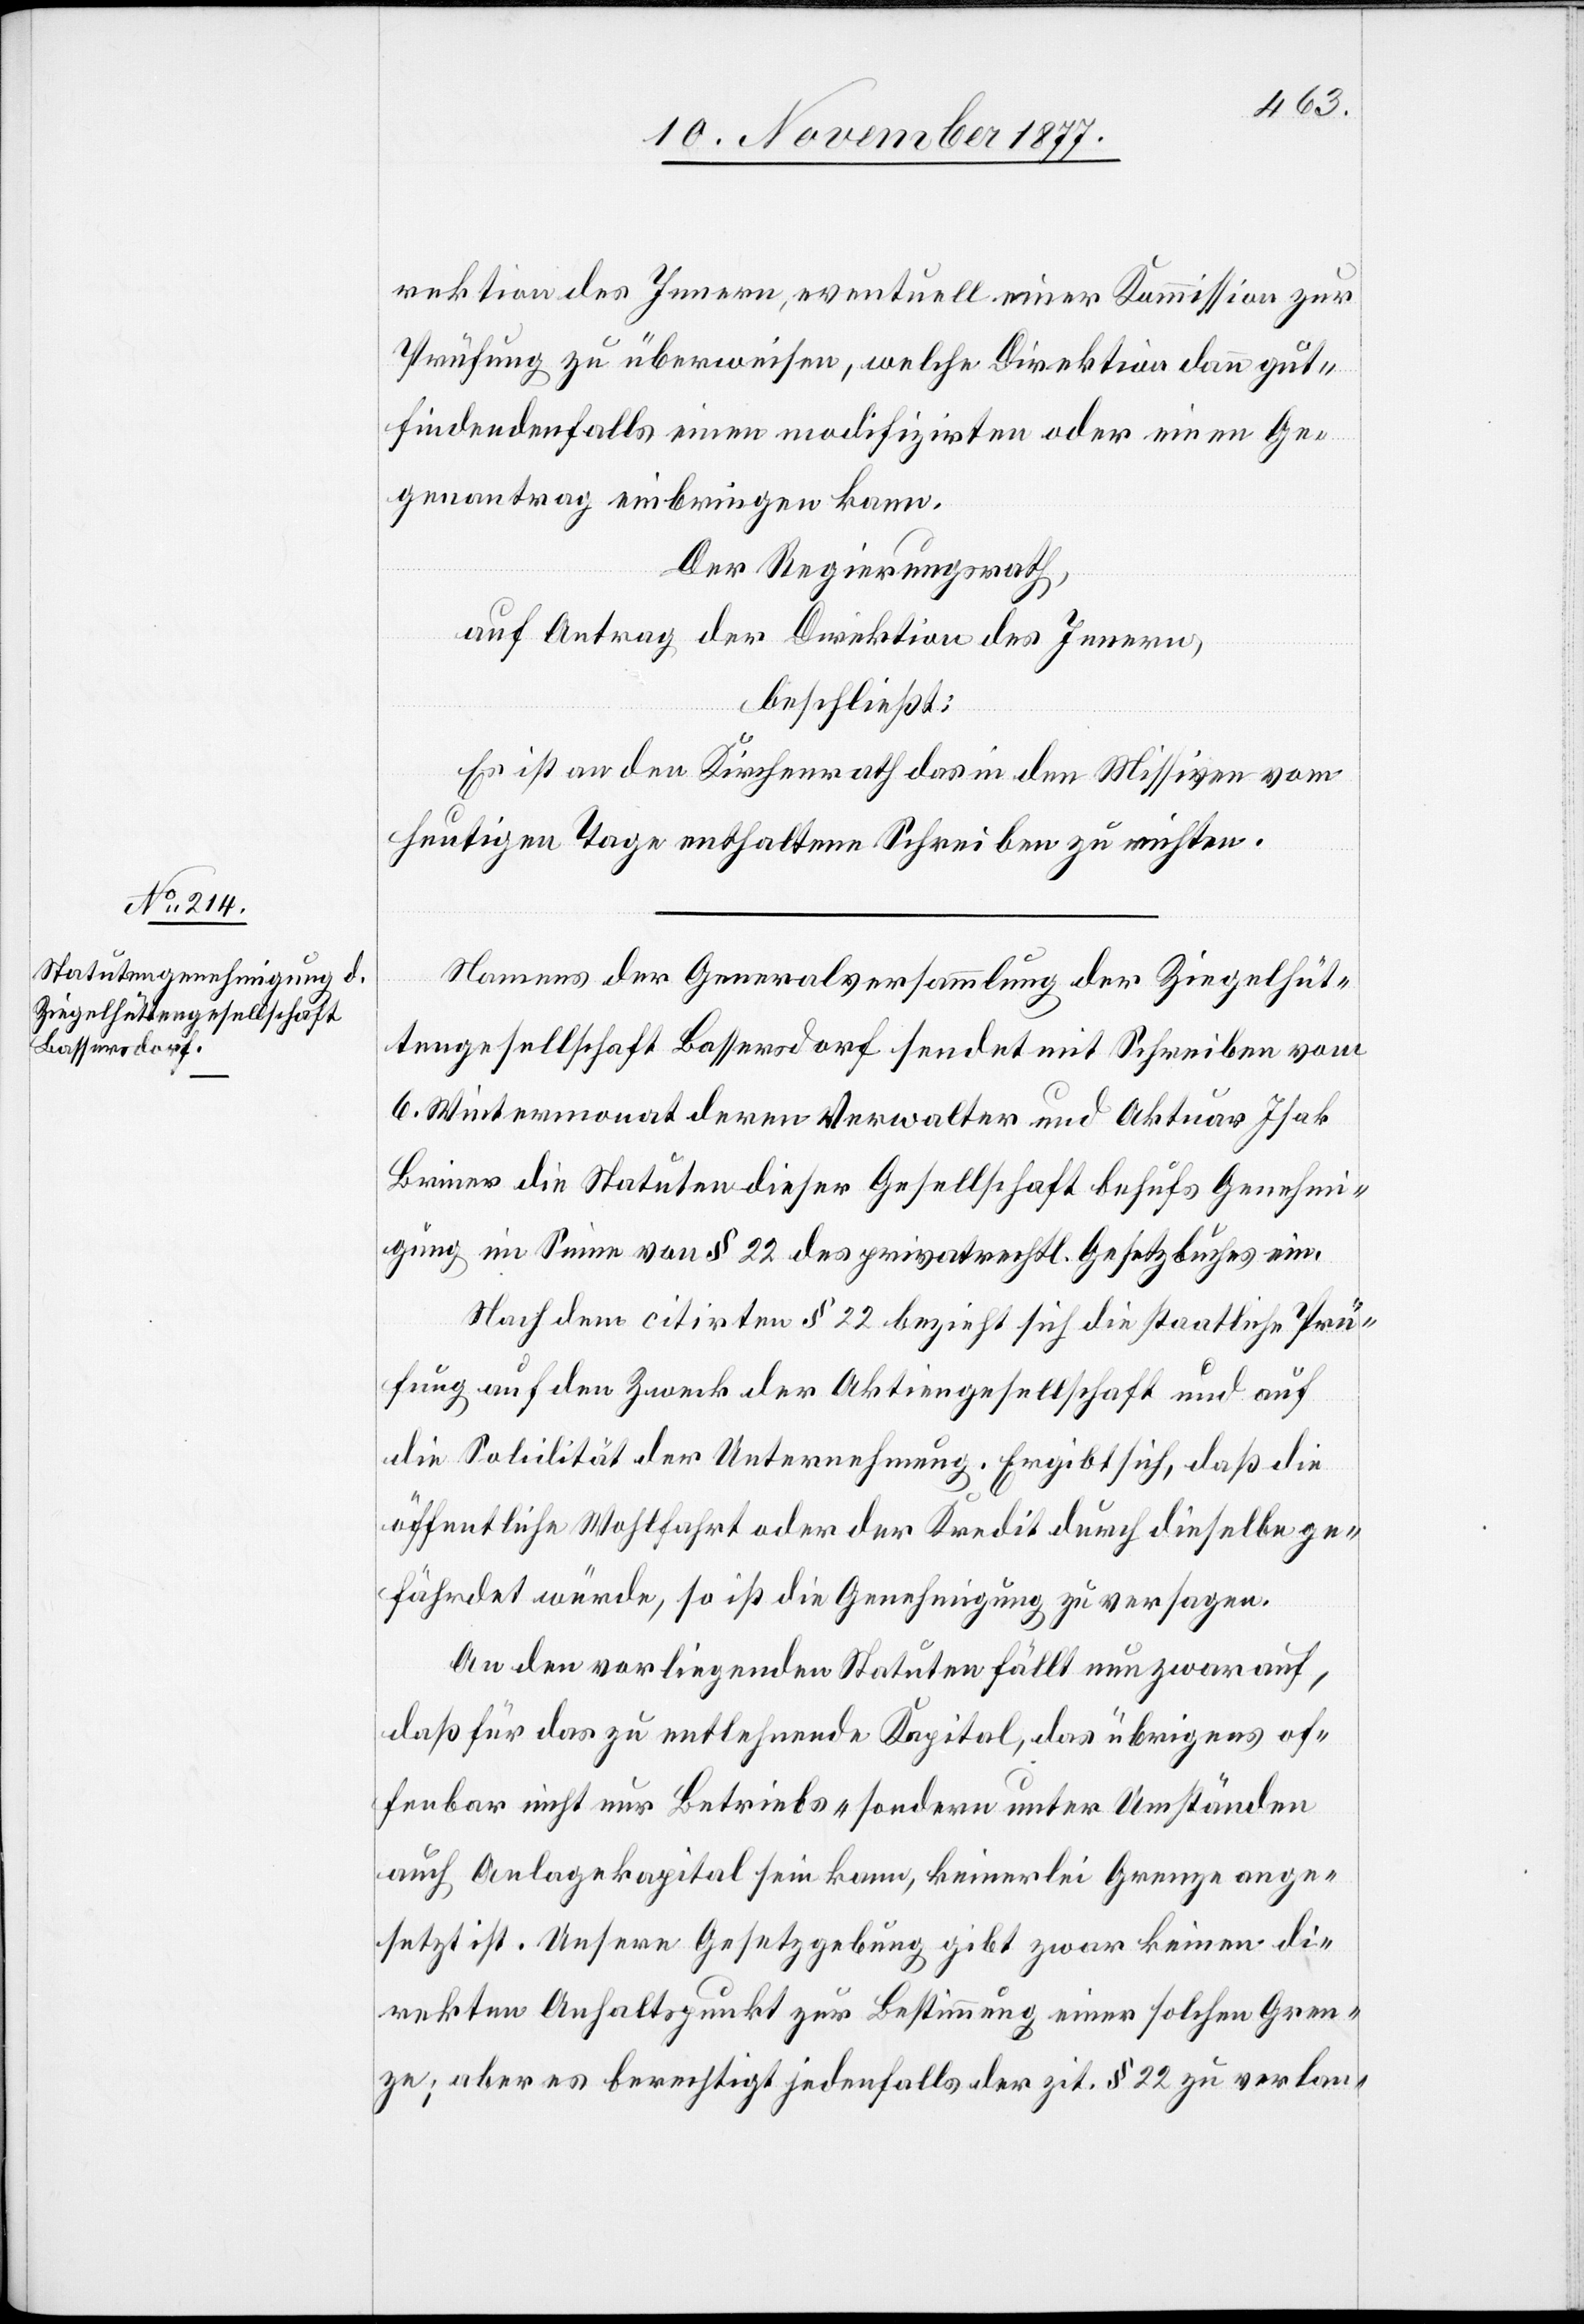
rektion des Innern, eventuell einer Kommission zur
Prüfung zu überweisen, welche Direktion dann gut¬
findendenfalls einen modifizirten oder einen Ge¬
genantrag einbringen kann.
Der Regierungsrath,
auf Antrag der Direktion des Innern,
beschließt:
Es ist an den Kirchenrath das in den Missiven vom
heutigen Tage enthaltene Schreiben zu richten.
Namens der Generalversammlung der Ziegelhüt¬
tengesellschaft Bassersdorf sendet mit Schreiben vom
6. Wintermonat deren Verwalter und Aktuar Isak
Briner die Statuten dieser Gesellschaft behufs Genehmi¬
gung im Sinne von § 22 des privatrechtl. Gesetzbuches ein.
Nach dem citirten § 22 bezieht sich die staatliche Prü¬
fung auf den Zweck der Aktiengesellschaft und auf
die Solidität der Unternehmung. Ergibt sich, daß die
öffentliche Wohlfahrt oder der Kredit durch dieselbe ge¬
fährdet würde, so ist die Genehmigung zu versagen.
An den vorliegenden Statuten fällt nun zwar auf,
daß für das zu entlehnende Kapital, das übrigens of¬
fenbar nicht nur Betriebs- sondern unter Umständen
auch Anlagekapital sein kann, keinerlei Grenze ange¬
setzt ist. Unsere Gesetzgebung gibt zwar keinen di¬
rekten Anhaltspunkt zur Bestimmung einer solchen Gren¬
ze; aber es berechtigt jedenfalls der zit. § 22 zu verlan-